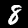
Digit: 8